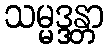
သမ္မဒ္ဒန္တာ